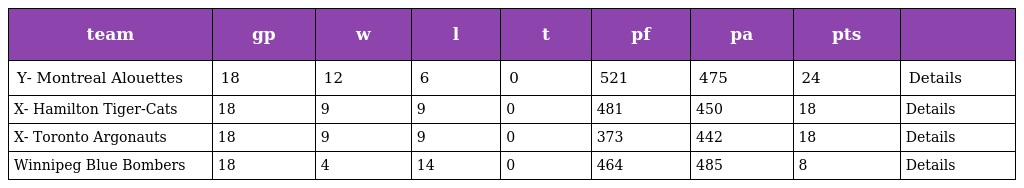
| team | gp | w | l | t | pf | pa | pts |  |
 | --- | --- | --- | --- | --- | --- | --- | --- | --- |
 | Y- Montreal Alouettes | 18 | 12 | 6 | 0 | 521 | 475 | 24 | Details |
 | X- Hamilton Tiger-Cats | 18 | 9 | 9 | 0 | 481 | 450 | 18 | Details |
 | X- Toronto Argonauts | 18 | 9 | 9 | 0 | 373 | 442 | 18 | Details |
 | Winnipeg Blue Bombers | 18 | 4 | 14 | 0 | 464 | 485 | 8 | Details |